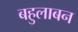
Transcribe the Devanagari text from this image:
बहुलाबन